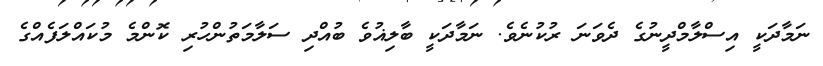
ނަމާދަކީ އިސްލާމްދީނުގެ ދެވަނަ ރުކުނެވެ. ނަމާދަކީ ބާލިޣުވެ ބުއްދި ސަލާމަތުންހުރި ކޮންމެ މުކައްލަފެއްގެ